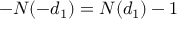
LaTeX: - N ( - d _ { 1 } ) = N ( d _ { 1 } ) - 1